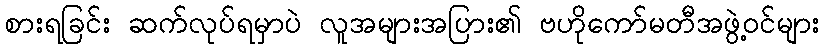
စားရခြင်း ဆက်လုပ်ရမှာပဲ လူအများအပြား၏ ဗဟိုကော်မတီအဖွဲ့ဝင်များ